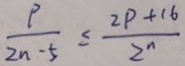
\frac { P } { 2 n - 5 } \leq \frac { 2 p + 1 6 } { 2 ^ { n } }